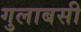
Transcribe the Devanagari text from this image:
गुलाबसी